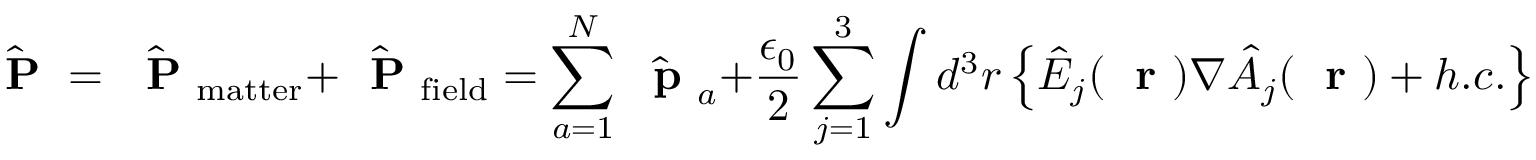
\hat { \mathrm { ~ \bf ~ P ~ } } = \hat { \mathrm { ~ \bf ~ P ~ } } _ { \mathrm { m a t t e r } } + \hat { \mathrm { ~ \bf ~ P ~ } } _ { \mathrm { f i e l d } } = \sum _ { a = 1 } ^ { N } \hat { \mathrm { ~ \bf ~ p ~ } } _ { a } + \frac { \epsilon _ { 0 } } { 2 } \sum _ { j = 1 } ^ { 3 } \int d ^ { 3 } r \left\{ \hat { E } _ { j } ( \mathrm { ~ \bf ~ r ~ } ) \nabla \hat { A } _ { j } ( \mathrm { ~ \bf ~ r ~ } ) + h . c . \right\}